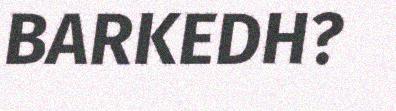
BARKEDH?